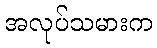
အလုပ်သမားက